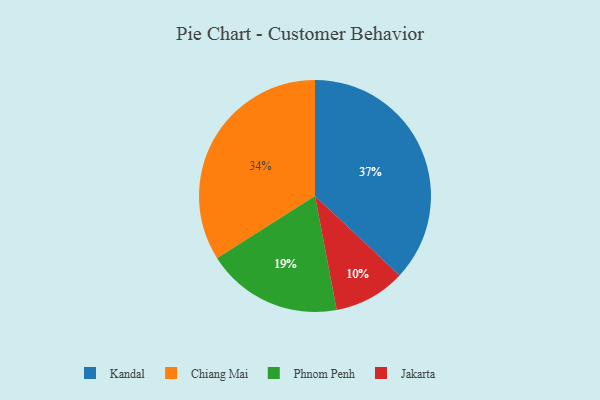
{"axis": {"x": "Category", "y": "Percentage"}, "legend": ["Chiang Mai", "Jakarta", "Kandal", "Phnom Penh"], "data": [{"x": "Kandal", "y": 37, "type": "Kandal"}, {"x": "Jakarta", "y": 10, "type": "Jakarta"}, {"x": "Chiang Mai", "y": 34, "type": "Chiang Mai"}, {"x": "Phnom Penh", "y": 19, "type": "Phnom Penh"}]}